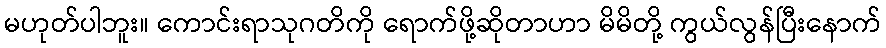
မဟုတ်ပါဘူး။ ကောင်းရာသုဂတိကို ရောက်ဖို့ဆိုတာဟာ မိမိတို့ ကွယ်လွန်ပြီးနောက်